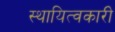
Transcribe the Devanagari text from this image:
स्थायित्वकारी